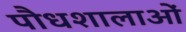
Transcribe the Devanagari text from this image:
पौधशालाओं